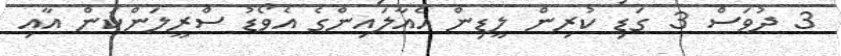
3 ދުވަސް 3 ގަޑި ކުރިން ލީޑިން އެއާލައިންގެ އެވޯޑު ސްރީލަންކަން އާއި